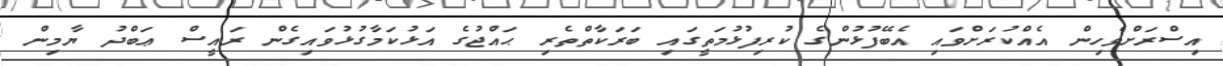
އިސްރަށްވެހިން އެއްކުރަށްވައި އެބޭފުޅުންގެ ކުރިފުޅުމަތީގައި ބަރަކާތްތެރި ޙައްޖުގެ އަޅުކަމާގުޅުވައިގެން ރައީސް ޢަބްދު ޔާމިން